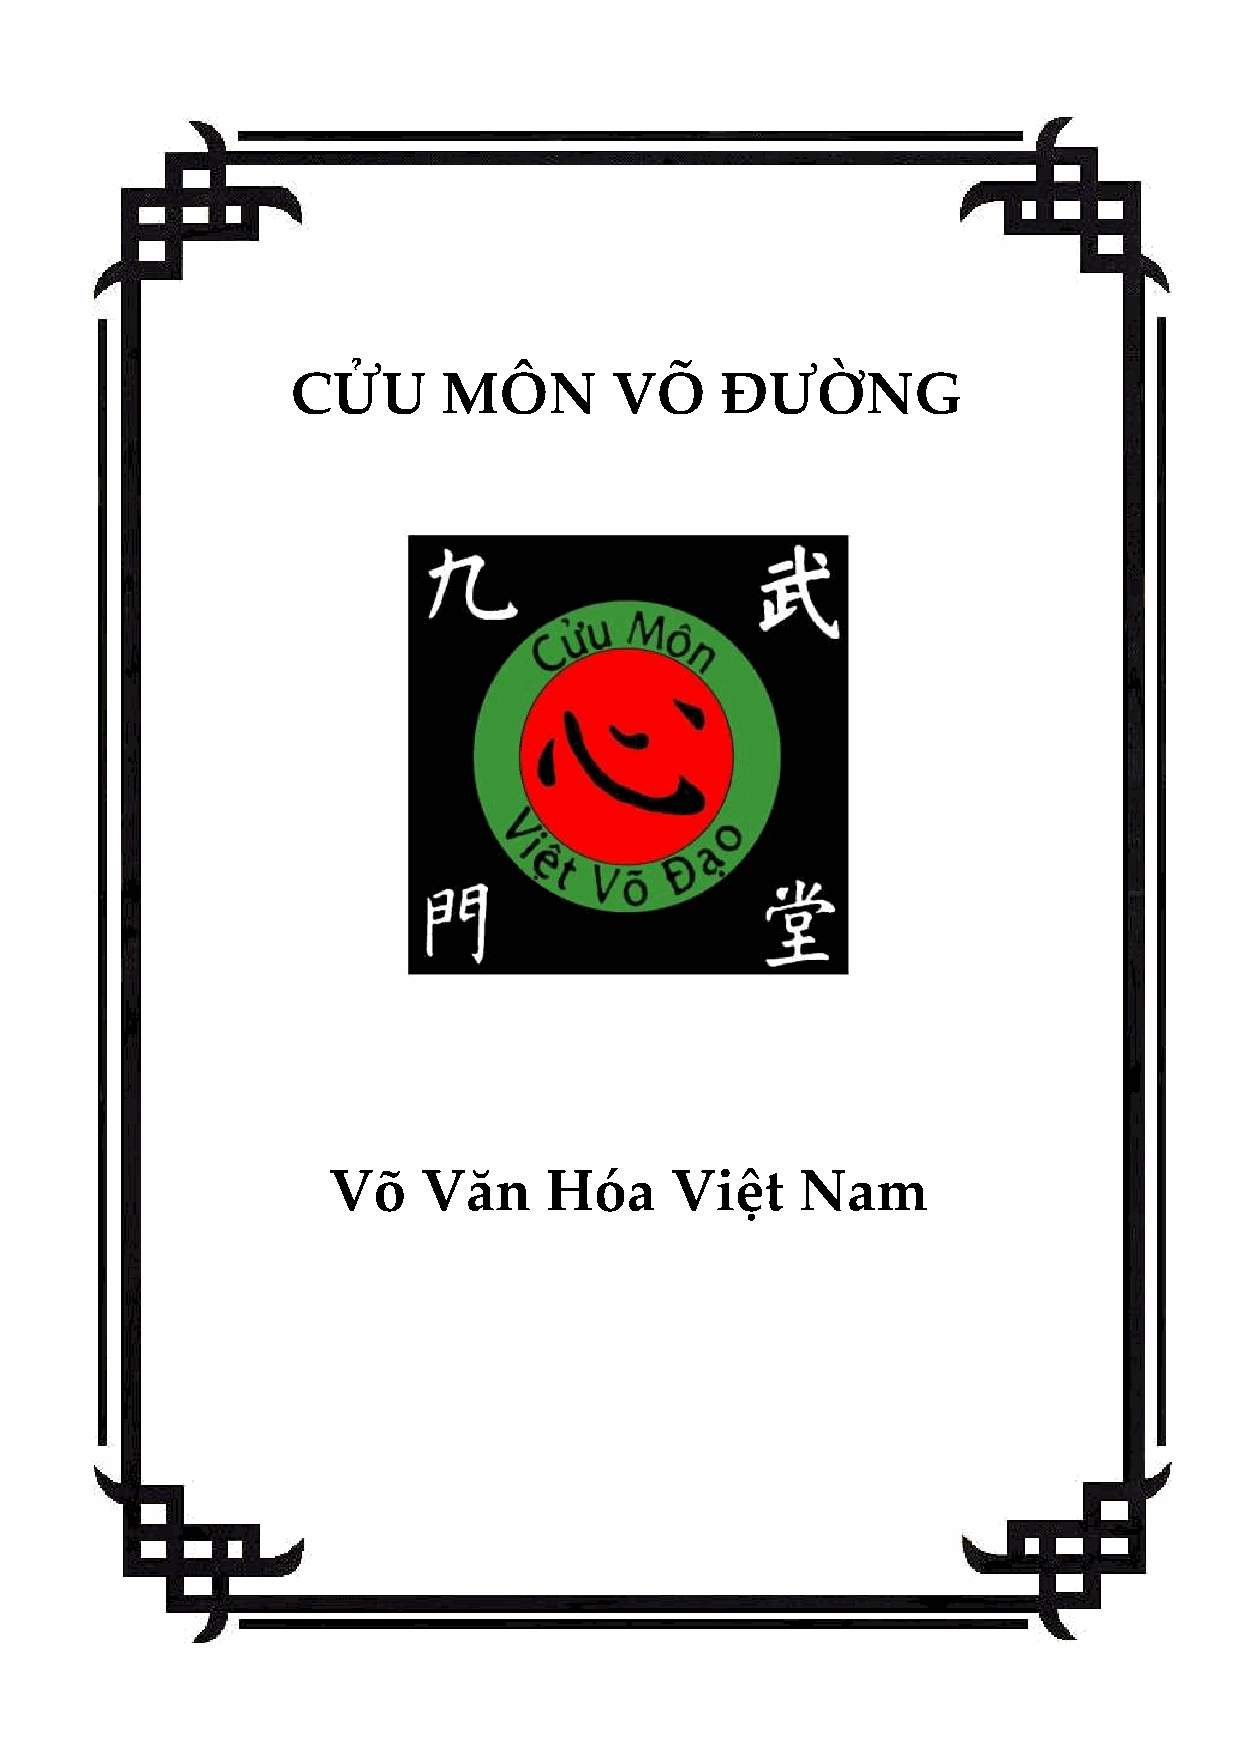
CỬU       MÔN        VÕ      ĐƯỜNG
 Võ    Văn     Hóa     Việt     Nam